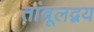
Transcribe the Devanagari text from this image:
तांबूलद्वय